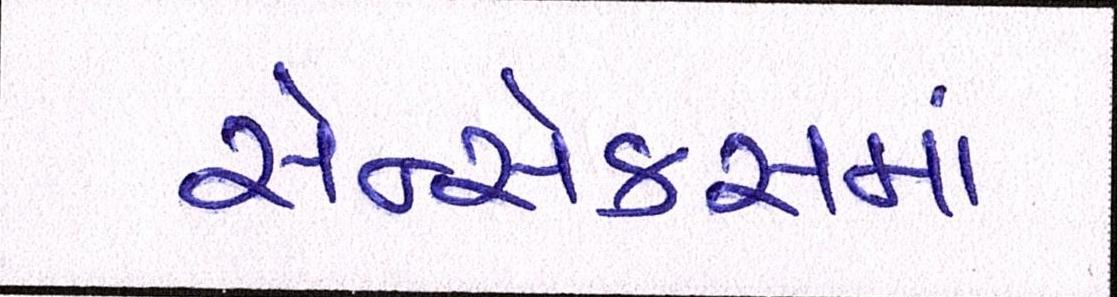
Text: સેન્સેક્સમાં